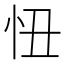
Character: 忸